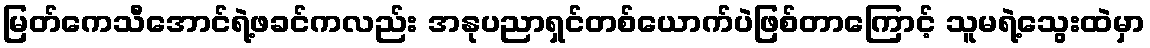
မြတ်ကေသီအောင်ရဲ့ဖခင်ကလည်း အနုပညာရှင်တစ်ယောက်ပဲဖြစ်တာကြောင့် သူမရဲ့သွေးထဲမှာ